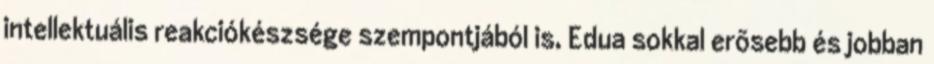
intellektuális reakciókészsége szempontjából is, Edua sokkal erõsebb és jobban